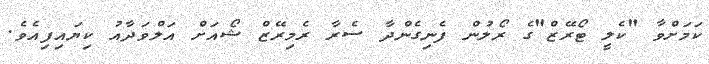
ކަަމަށްވާ "ކެލީ ޓޯރޭޒް"ގެ ރޯލުން ފެނިގެންދާ ސެރާ ރެމިރޭޒް ޝޯއަށް އަލްވަދާއު ކިޔައިފިއެވެ.